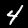
Digit: 4